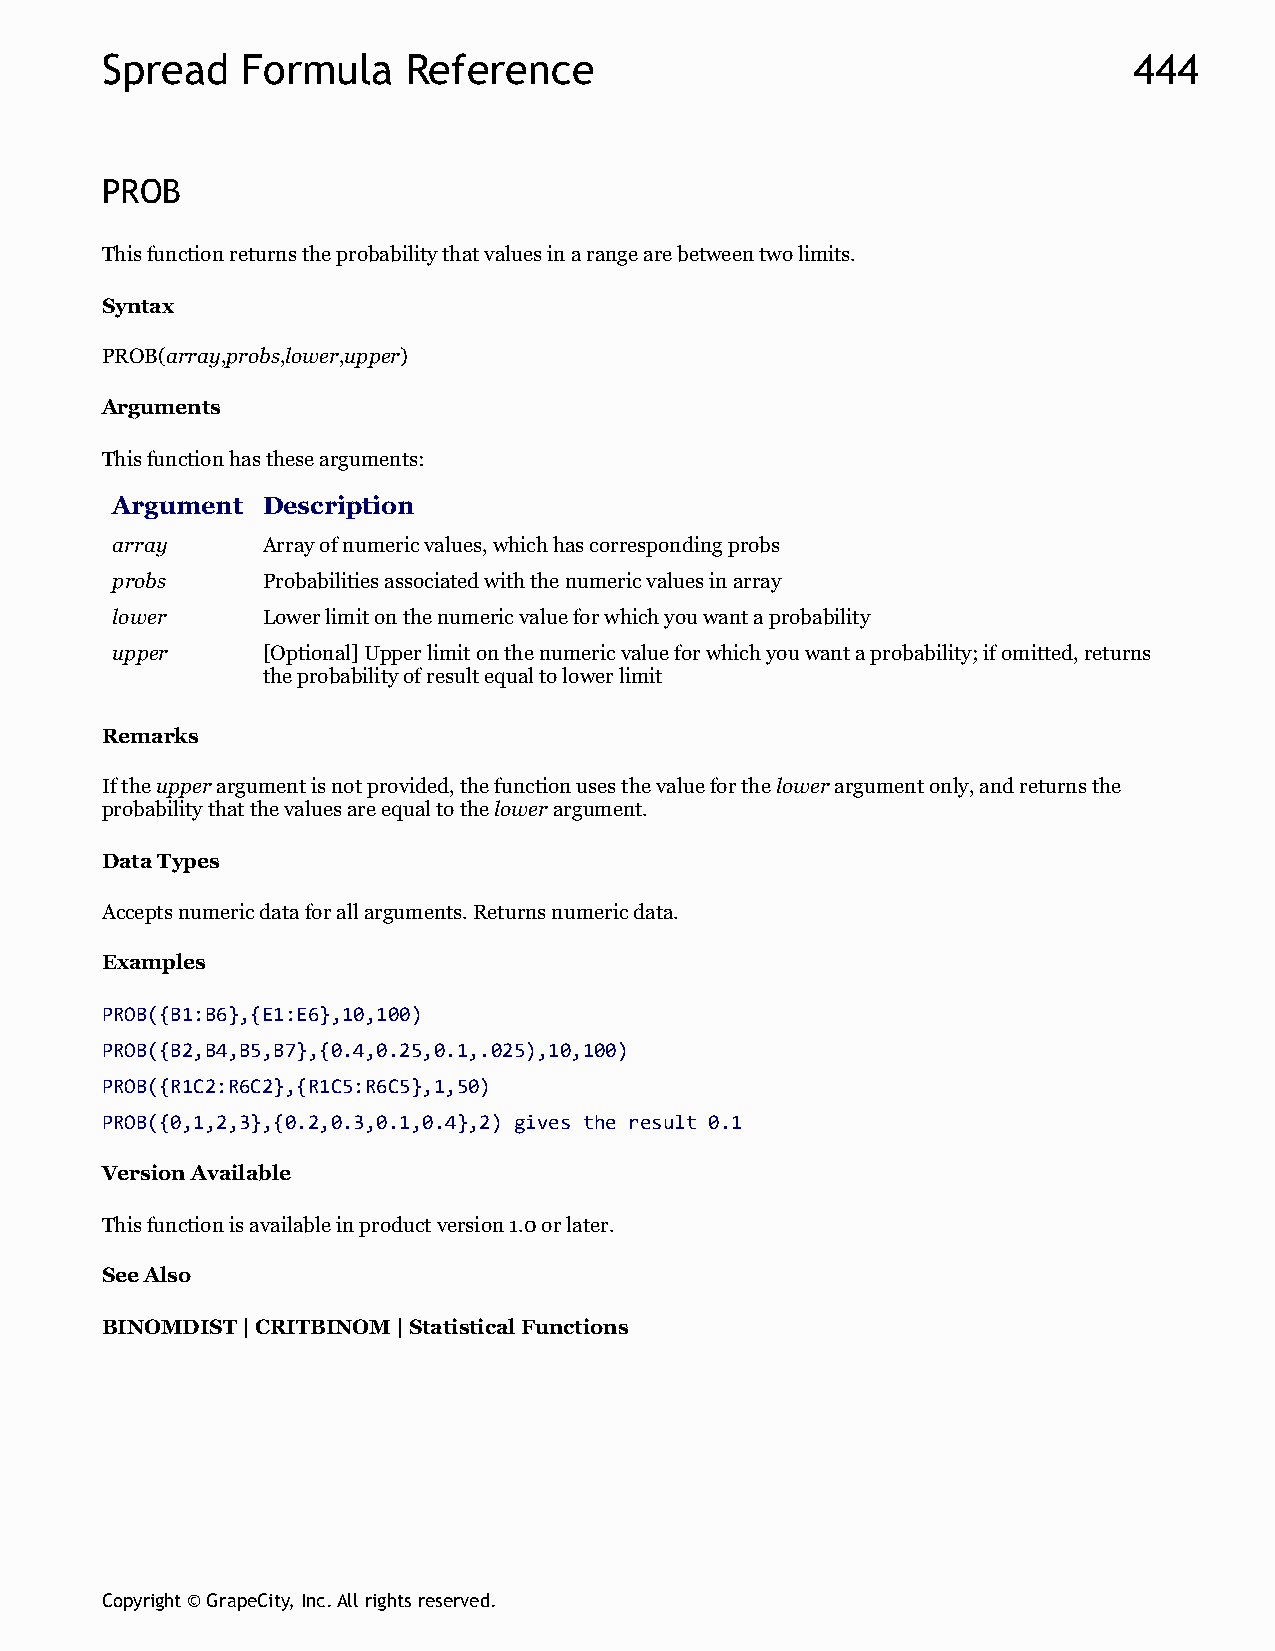
Spread   Formula    Reference                                       444
 PROB
 This function returns the probability that values in a range are between two limits.
 Syntax
 PROB(array,probs,lower,upper)
 Arguments
 This function has these arguments:
 Argument  Description
 array     Array of numeric values, which has corresponding probs
 probs     Probabilities associated with the numeric values in array
 lower     Lower limit on the numeric value for which you want a probability
 upper     [Optional] Upper limit on the numeric value for which you want a probability; if omitted, returns
 the probability of result equal to lower limit
 Remarks
 If the upper argument is not provided, the function uses the value for the lower argument only, and returns the
 probability that the values are equal to the lower argument.
 Data Types
 Accepts numeric data for all arguments. Returns numeric data.
 Examples
 PROB({B1:B6},{E1:E6},10,100)
 PROB({B2,B4,B5,B7},{0.4,0.25,0.1,.025),10,100)
 PROB({R1C2:R6C2},{R1C5:R6C5},1,50)
 PROB({0,1,2,3},{0.2,0.3,0.1,0.4},2) gives the result 0.1
 Version Available
 This function is available in product version 1.0 or later.
 See Also
 BINOMDIST | CRITBINOM | Statistical Functions
 Copyright © GrapeCity, Inc. All rights reserved.